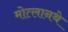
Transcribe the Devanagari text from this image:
मोत्लानथे